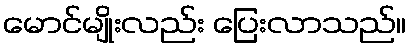
မောင်မျိုးလည်း ပြေးလာသည်။